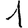
Digit: 1